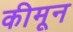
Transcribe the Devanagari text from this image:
कीमून